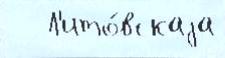
   Л'ито́вскаjа